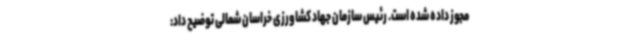
مجوز داده شده است. رئیس سازمان جهاد کشاورزی خراسان شمالی توضیح داد: